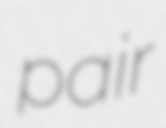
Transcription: pair